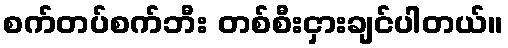
စက်တပ်စက်ဘီး တစ်စီးငှားချင်ပါတယ်။